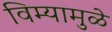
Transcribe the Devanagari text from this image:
विम्यामुळे